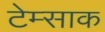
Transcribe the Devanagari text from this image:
टेम्साक